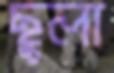
ছুলা